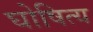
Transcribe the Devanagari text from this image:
घोषित्य